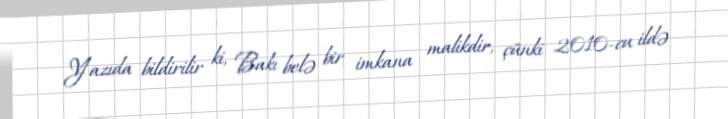
Yazıda bildirilir ki, Bakı belə bir imkana malikdir, çünki 2010-cu ildə